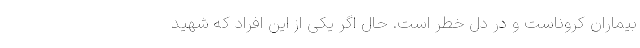
بیماران کروناست و در دل خطر است. حال اگر یکی از این افراد که شهید